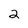
Character: 2